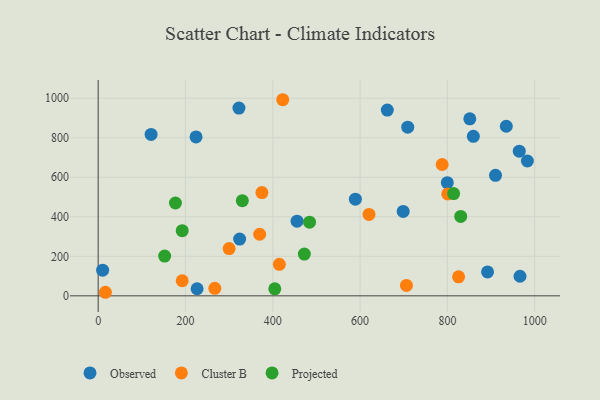
{"axis": {"x": "Distance", "y": "Yield"}, "legend": ["Cluster B", "Observed", "Projected"], "data": [{"x": "709.1", "y": 853.7, "type": "Observed"}, {"x": "589.2", "y": 489.1, "type": "Observed"}, {"x": "322.5", "y": 950.1, "type": "Observed"}, {"x": "455.6", "y": 377.9, "type": "Observed"}, {"x": "966.3", "y": 99.0, "type": "Observed"}, {"x": "698.7", "y": 427.4, "type": "Observed"}, {"x": "10.2", "y": 129.7, "type": "Observed"}, {"x": "324.1", "y": 287.1, "type": "Observed"}, {"x": "934.9", "y": 858.2, "type": "Observed"}, {"x": "224.2", "y": 804.1, "type": "Observed"}, {"x": "799.8", "y": 572.9, "type": "Observed"}, {"x": "964.6", "y": 731.9, "type": "Observed"}, {"x": "983.2", "y": 682.3, "type": "Observed"}, {"x": "892.0", "y": 121.2, "type": "Observed"}, {"x": "662.3", "y": 940.1, "type": "Observed"}, {"x": "121.2", "y": 816.7, "type": "Observed"}, {"x": "910.2", "y": 610.0, "type": "Observed"}, {"x": "226.6", "y": 35.8, "type": "Observed"}, {"x": "859.4", "y": 807.5, "type": "Observed"}, {"x": "851.3", "y": 895.7, "type": "Observed"}, {"x": "267.2", "y": 38.2, "type": "Cluster B"}, {"x": "192.5", "y": 76.3, "type": "Cluster B"}, {"x": "422.8", "y": 992.5, "type": "Cluster B"}, {"x": "415.0", "y": 159.4, "type": "Cluster B"}, {"x": "369.9", "y": 311.7, "type": "Cluster B"}, {"x": "620.4", "y": 412.0, "type": "Cluster B"}, {"x": "16.5", "y": 18.0, "type": "Cluster B"}, {"x": "375.1", "y": 522.5, "type": "Cluster B"}, {"x": "800.8", "y": 515.7, "type": "Cluster B"}, {"x": "300.0", "y": 239.3, "type": "Cluster B"}, {"x": "706.2", "y": 52.5, "type": "Cluster B"}, {"x": "825.6", "y": 96.1, "type": "Cluster B"}, {"x": "788.0", "y": 664.6, "type": "Cluster B"}, {"x": "830.5", "y": 401.8, "type": "Projected"}, {"x": "472.3", "y": 211.2, "type": "Projected"}, {"x": "192.5", "y": 329.9, "type": "Projected"}, {"x": "484.2", "y": 372.7, "type": "Projected"}, {"x": "152.3", "y": 201.4, "type": "Projected"}, {"x": "330.2", "y": 481.5, "type": "Projected"}, {"x": "814.2", "y": 517.3, "type": "Projected"}, {"x": "404.6", "y": 35.7, "type": "Projected"}, {"x": "177.0", "y": 469.7, "type": "Projected"}]}